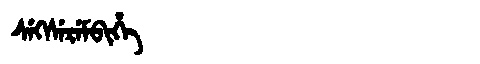
Manchu: ᠰᡝᡴᠰᡝᡵᡝᠮᠪᡳᡥᡝ
Romanization: SEKSEREMBIHE